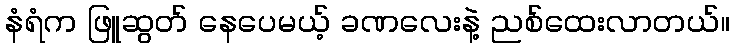
နံရံက ဖြူဆွတ် နေပေမယ့် ခဏလေးနဲ့ ညစ်ထေးလာတယ်။